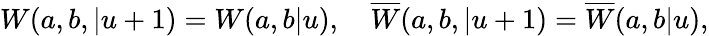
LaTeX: W(a,b,|u+1)=W(a,b|u),\quad\overline{{{W}}}(a,b,|u+1)=\overline{{{W}}}(a,b|u),